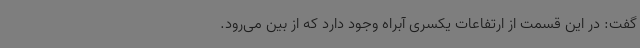
گفت: در این قسمت از ارتفاعات یکسری آبراه وجود دارد که از بین می‌رود.